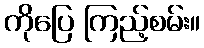
ကိုပြေ ကြည့်စမ်း။